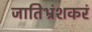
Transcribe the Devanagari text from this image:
जातिभ्रंशकरं